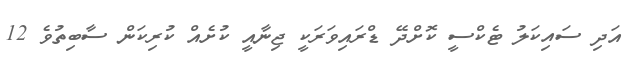
އަދި ސައިކަލު ޓެކްސީ ކޮށްދޭ ޑްރައިވަރަކީ ޖިނާއީ ކުށެއް ކުރިކަން ސާބިތުވެ 12